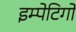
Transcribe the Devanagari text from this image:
इम्पेटिगो